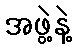
အဖွဲ့နဲ့